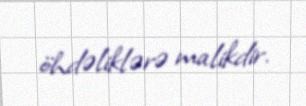
öhdəliklərə malikdir.